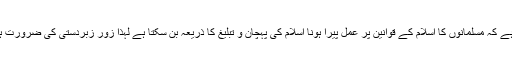
ہمارا عقیدہ ہے کہ مسلمانوں کا اسلام کے قوانین پر عمل پیرا ہونا اسلام کی پہچان و تبلیغ کا ذریعہ بن سکتا ہے لہٰذا زور زبردستی کی ضرورت ہی نہیں ہے۔